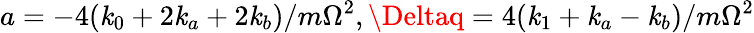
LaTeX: a=-4(\mathit{k}_{0}+2\mathit{k}_{a}+2\mathit{k}_{b})/m\Omega^{2},\Deltaq=4(\mathit{k}_{1}+\mathit{k}_{a}-\mathit{k}_{b})/m\Omega^{2}